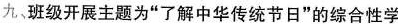
九、班级开展主题为”了解中华传统节日”的综合性学